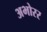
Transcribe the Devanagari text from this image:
अभोरर